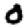
Digit: 0